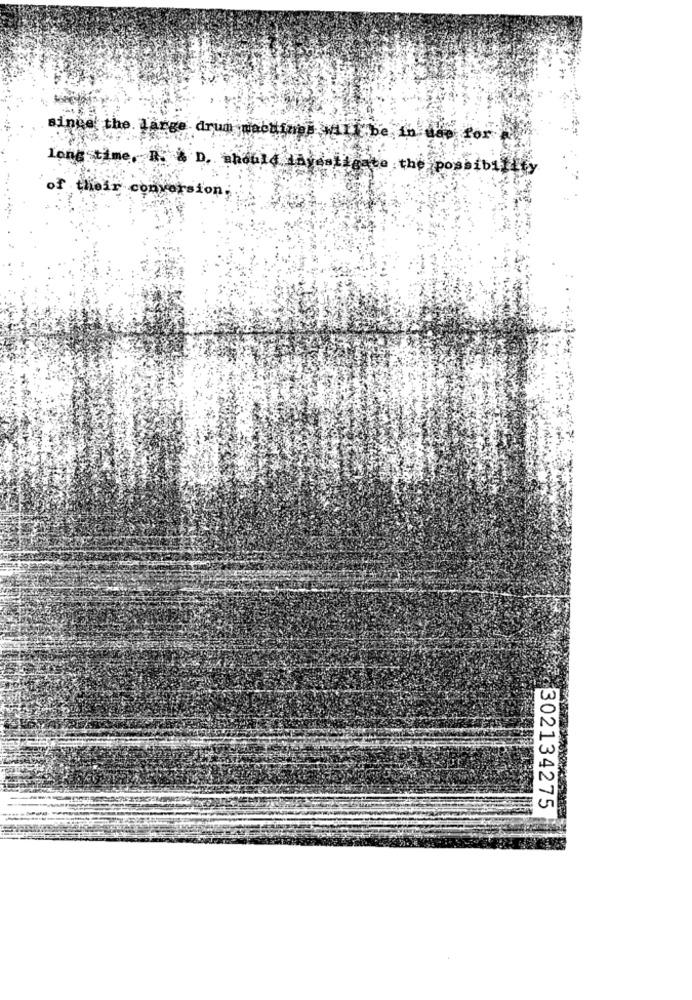
since the. Large drum wactings will be in dad
for
Long time, R. & D. should HAyete to the possibili
of their conversion;
302134275